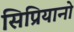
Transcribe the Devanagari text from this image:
सिप्रियानो